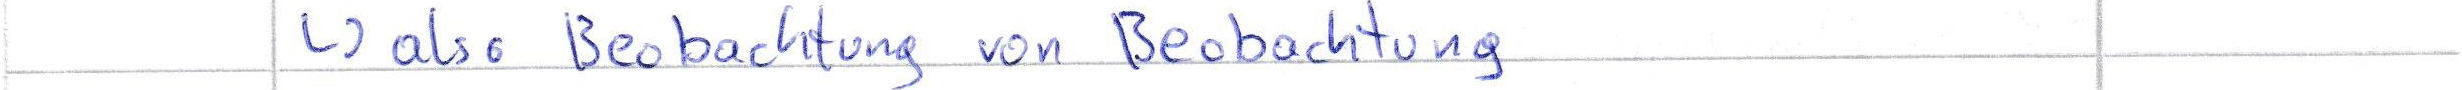
-> also Beobachtung von Beobachtung